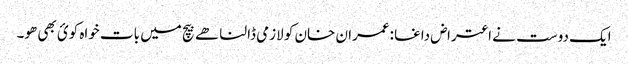
ایک دوست نے اعتراض داغا :عمران خان کو لازمی ڈالنا ھے بیچ میں بات خواہ کوئ بھی ھو۔